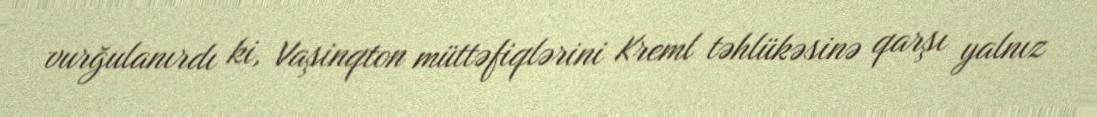
vurğulanırdı ki, Vaşinqton müttəfiqlərini Kreml təhlükəsinə qarşı yalnız